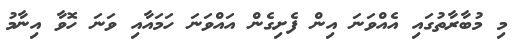
މި މުބާރާތުގައި އެއްވަނަ އިން ފެށިގެން އައްވަނަ ހަމައާއި ވަނަ ހޮވާ އިނާމު